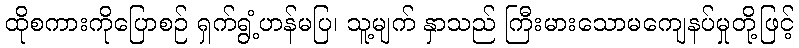
ထိုစကားကိုပြောစဉ် ရှက်ရွံ့ဟန်မပြ၊ သူ့မျက် နှာသည် ကြီးမားသောမကျေနပ်မှုတို့ဖြင့်